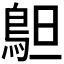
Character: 𱈣